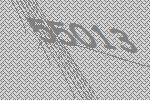
55013